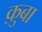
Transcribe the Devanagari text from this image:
क़ुबा